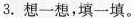
3. 想一想，填一填。